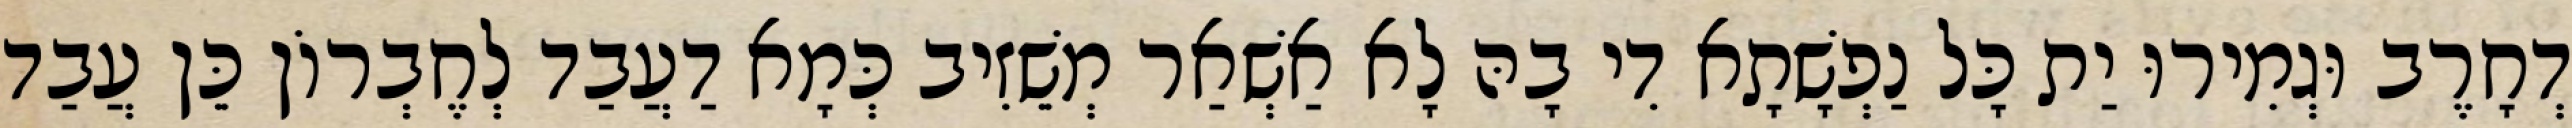
דְחָרֶב וּגְמִירוּ יַת כָּל נַפְשָׁתָא דִי בָהּ לָא אַשְׁאַר מְשֵׁזִיב כְּמָא דַעֲבַד לְחֶבְרוֹן כֵּן עֲבַד